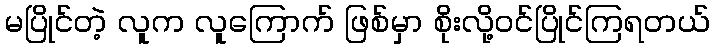
မပြိုင်တဲ့ လူက လူကြောက် ဖြစ်မှာ စိုးလို့ဝင်ပြိုင်ကြရတယ်